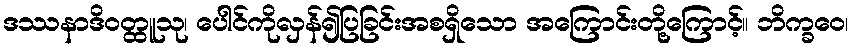
ဒဿနာဒိဝတ္ထူသု၊ ပေါင်ကိုလှန်၍ပြခြင်းအစရှိသော အကြောင်းတို့ကြောင့်။ ဘိက္ခဝေ၊